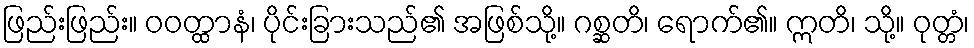
ဖြည်းဖြည်း။ ဝဝတ္ထာနံ၊ ပိုင်းခြားသည်၏ အဖြစ်သို့။ ဂစ္ဆတိ၊ ရောက်၏။ ဣတိ၊ သို့။ ဝုတ္တံ၊